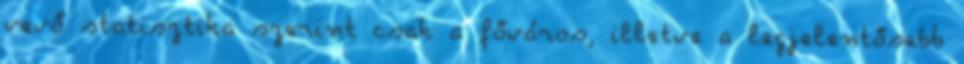
vevő statisztika szerint csak a főváros, illetve a legjelentősebb